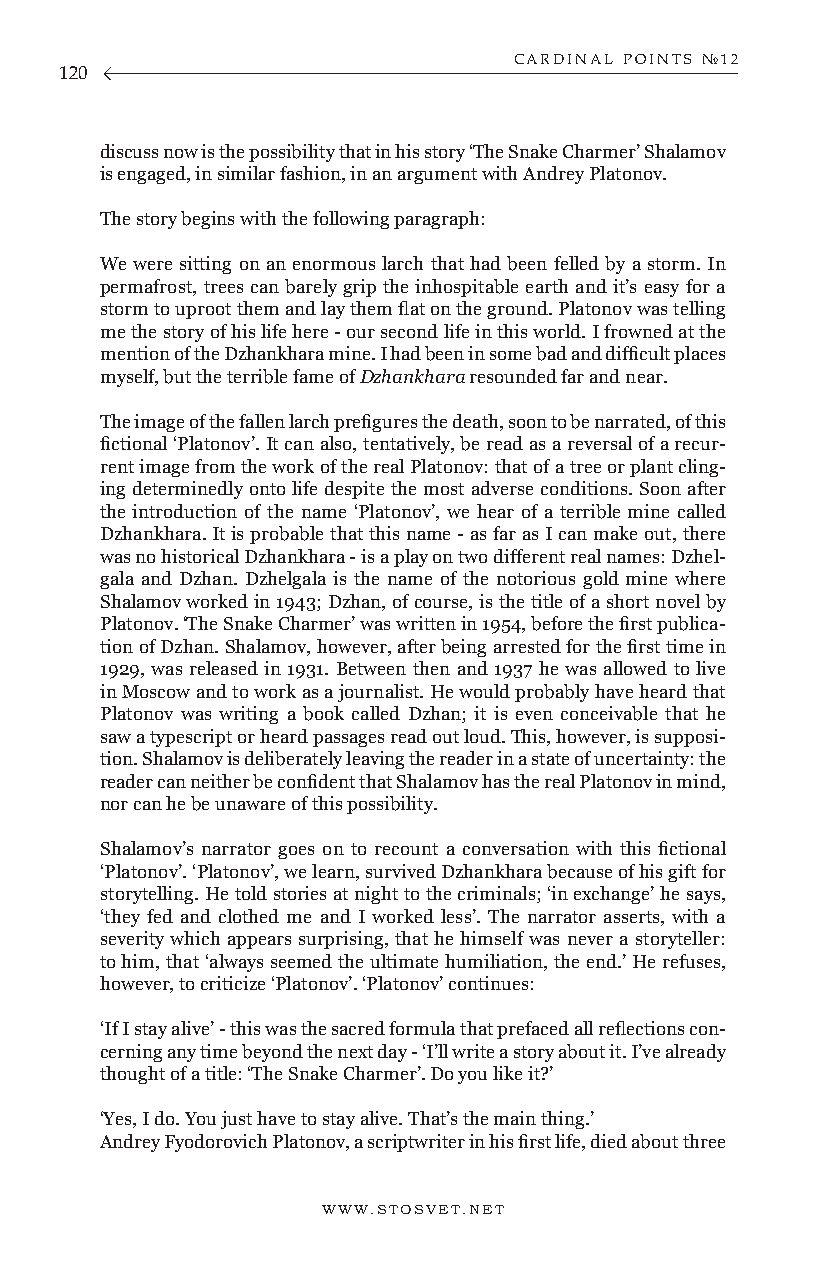
CARDINAL POINTS №12
 120
 discuss now is the possibility that in his story ‘The Snake Charmer’ Shalamov
 is engaged, in similar fashion, in an argument with Andrey Platonov.
 The story begins with the following paragraph:
 We were sitting on an enormous larch that had been felled by a storm. In
 permafrost, trees can barely grip the inhospitable earth and it’s easy for a
 storm to uproot them and lay them flat on the ground. Platonov was telling
 me the story of his life here - our second life in this world. I frowned at the
 mention of the Dzhankhara mine. I had been in some bad and difficult places
 myself, but the terrible fame of Dzhankhara resounded far and near.
 The image of the fallen larch prefigures the death, soon to be narrated, of this
 fictional ‘Platonov’. It can also, tentatively, be read as a reversal of a recur-
 rent image from the work of the real Platonov: that of a tree or plant cling-
 ing determinedly onto life despite the most adverse conditions. Soon after
 the introduction of the name ‘Platonov’, we hear of a terrible mine called
 Dzhankhara. It is probable that this name - as far as I can make out, there
 was no historical Dzhankhara - is a play on two different real names: Dzhel-
 gala and Dzhan. Dzhelgala is the name of the notorious gold mine where
 Shalamov worked in 1943; Dzhan, of course, is the title of a short novel by
 Platonov. ‘The Snake Charmer’ was written in 1954, before the first publica-
 tion of Dzhan. Shalamov, however, after being arrested for the first time in
 1929, was released in 1931. Between then and 1937 he was allowed to live
 in Moscow and to work as a journalist. He would probably have heard that
 Platonov was writing a book called Dzhan; it is even conceivable that he
 saw a typescript or heard passages read out loud. This, however, is supposi-
 tion. Shalamov is deliberately leaving the reader in a state of uncertainty: the
 reader can neither be confident that Shalamov has the real Platonov in mind,
 nor can he be unaware of this possibility.
 Shalamov’s narrator goes on to recount a conversation with this fictional
 ‘Platonov’. ‘Platonov’, we learn, survived Dzhankhara because of his gift for
 storytelling. He told stories at night to the criminals; ‘in exchange’ he says,
 ‘they fed and clothed me and I worked less’. The narrator asserts, with a
 severity which appears surprising, that he himself was never a storyteller:
 to him, that ‘always seemed the ultimate humiliation, the end.’ He refuses,
 however, to criticize ‘Platonov’. ‘Platonov’ continues:
 ‘If I stay alive’ - this was the sacred formula that prefaced all reflections con-
 cerning any time beyond the next day - ‘I’ll write a story about it. I’ve already
 thought of a title: ‘The Snake Charmer’. Do you like it?’
 ‘Yes, I do. You just have to stay alive. That’s the main thing.’
 Andrey Fyodorovich Platonov, a scriptwriter in his first life, died about three
 WWW.STOSVET.NET                                        WWW.STOSVET.NET